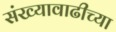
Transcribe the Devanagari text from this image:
संख्यावाढीच्या